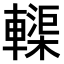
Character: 𫐀